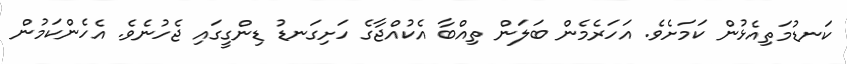
ކަނޑުމަތިއެޅުން ކަމަށެވެ. އަހަރެމެން ބަލަން ތިއްބާ އެކުއްޖާގެ ހަށިގަނޑު ޑިންގީގައި ޖެހުނެވެ. އެހެންކަމުން